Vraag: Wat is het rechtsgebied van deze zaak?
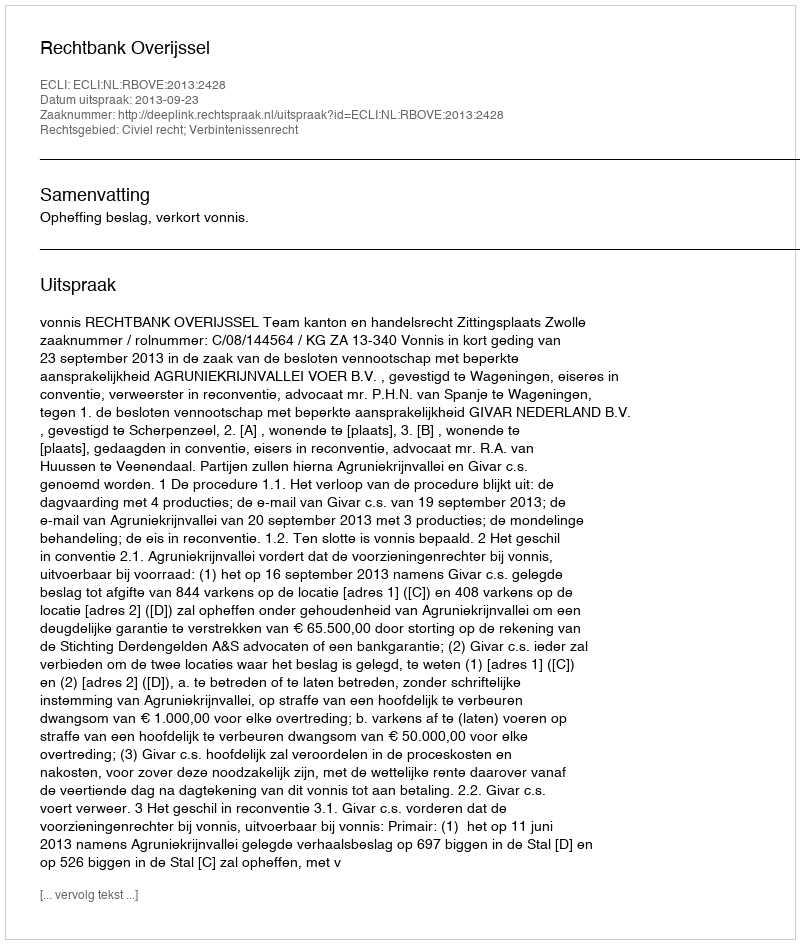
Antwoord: Civiel recht; Verbintenissenrecht